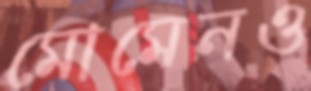
মোমেনও